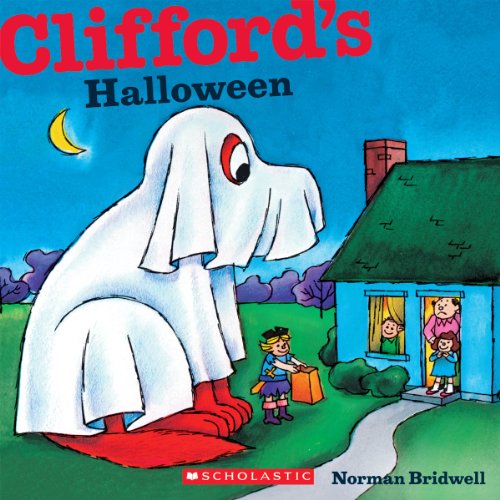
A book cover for Clifford's Halloween; Norman Bridwell; Children's Books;